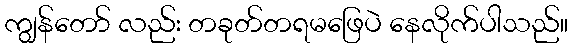
ကျွန်တော် လည်း တခုတ်တရမဖြေပဲ နေလိုက်ပါသည်။